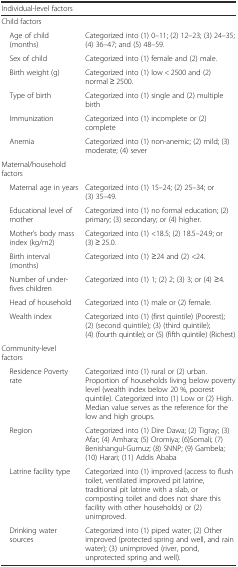
<table><thead><tr><td><b>Individual-level factors</b></td><td></td></tr></thead><tbody><tr><td>Child factors</td><td></td></tr><tr><td> Age of child (months)</td><td>Categorized into (1) 0–11; (2) 12–23; (3) 24–35; (4) 36–47; and (5) 48–59.</td></tr><tr><td> Sex of child</td><td>Categorized into (1) female and (2) male.</td></tr><tr><td> Birth weight (g)</td><td>Categorized into (1) low &lt; 2500 and (2) normal ≥ 2500.</td></tr><tr><td> Type of birth</td><td>Categorized into (1) single and (2) multiple birth</td></tr><tr><td> Immunization</td><td>Categorized into (1) incomplete or (2) complete</td></tr><tr><td> Anemia</td><td>Categorized into (1) non-anemic; (2) mild; (3) moderate; (4) sever</td></tr><tr><td>Maternal/household factors</td><td></td></tr><tr><td> Maternal age in years</td><td>Categorized into (1) 15–24; (2) 25–34; or (3) 35–49.</td></tr><tr><td> Educational level of mother</td><td>Categorized into (1) no formal education; (2) primary; (3) secondary; or (4) higher.</td></tr><tr><td> Mother’s body mass index (kg/m2)</td><td>Categorized into (1) &lt;18.5; (2) 18.5–24.9; or (3) ≥ 25.0.</td></tr><tr><td> Birth interval (months)</td><td>Categorized into (1) ≥24 and (2) &lt;24.</td></tr><tr><td> Number of under-fives children</td><td>Categorized into (1) 1; (2) 2; (3) 3; or (4) ≥4.</td></tr><tr><td> Head of household</td><td>Categorized into (1) male or (2) female.</td></tr><tr><td> Wealth index</td><td>Categorized into (1) (first quintile) (Poorest); (2) (second quintile); (3) (third quintile); (4) (fourth quintile); or (5) (fifth quintile) (Richest)</td></tr><tr><td>Community-level factors</td><td></td></tr><tr><td> Residence Poverty rate</td><td>Categorized into (1) rural or (2) urban. Proportion of households living below poverty level (wealth index below 20 %, poorest quintile). Categorized into (1) Low or (2) High. Median value serves as the reference for the low and high groups.</td></tr><tr><td> Region</td><td>Categorized into (1) Dire Dawa; (2) Tigray; (3) Afar; (4) Amhara; (5) Oromiya; (6)Somali; (7) Benishangul-Gumuz; (8) SNNP; (9) Gambela; (10) Harari; (11) Addis Ababa</td></tr><tr><td> Latrine facility type</td><td>Categorized into (1) improved (access to flush toilet, ventilated improved pit latrine, traditional pit latrine with a slab, or composting toilet and does not share this facility with other households) or (2) unimproved.</td></tr><tr><td> Drinking water sources</td><td>Categorized into (1) piped water; (2) Other improved (protected spring and well, and rain water); (3) unimproved (river, pond, unprotected spring and well).</td></tr></tbody></table>